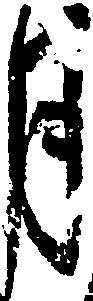
月